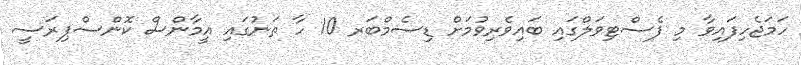
ހަމަޖެހިފައިވާ މި ފެސްޓިވަލްގައި ބައިވެރިވުމަށް ޑިސެމްބަރ 10 ހާ ތަނުގައި އީމާންސް ކޮންސްޕިރަސީ